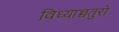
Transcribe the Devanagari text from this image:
विध्याच्चतुरो